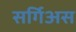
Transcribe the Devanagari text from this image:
सर्गिअस